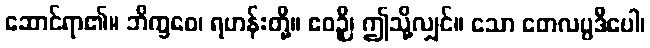
ဆောင်ရာ၏။ ဘိက္ခဝေ၊ ရဟန်းတို့။ ဧဝဉှိ၊ ဤသို့လျှင်။ သော တေလပ္ပဒီပေါ၊